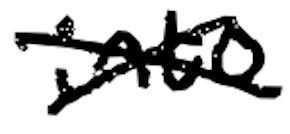
Text: into
Cross-out: cross
Writing tool: digital_black